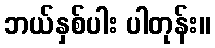
ဘယ်နှစ်ပါး ပါတုန်း။